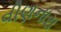
વીણનારા